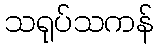
သရုပ်သကန်